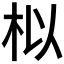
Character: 𮲯